Medical and sanitary report on the native army of Bombay for the year
Year: 1878
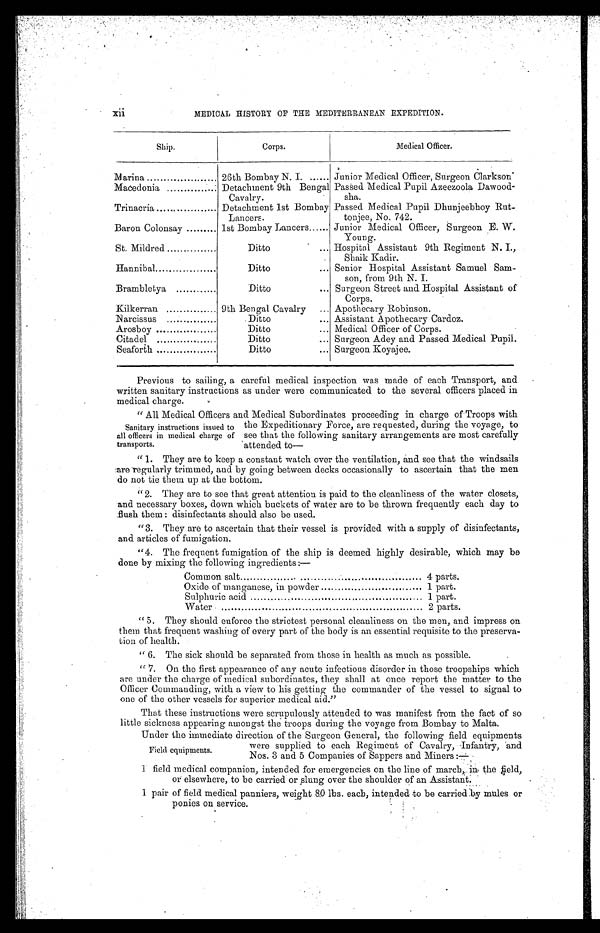
xii
MEDICAL HISTORY OF THE MEDITERRANEAN EXPEDITION.
Ship.
Corps.
Medical Officer.
.
Marina
26th Bombay N. I. ...... Junior Medical Officer, Surgeon Clarkson'
Macedonia
Detachment 9th Bengal
Cavalry.
Passed Medical Pupil Azeezoola Dawood-
sha.
Trinacria
Detachment 1st Bombay
Lancers.
Passed Medical Pupil Dhunjeebhoy Rut-
tonjee, No. 742.
Baron Colonsay
1st Bombay Lancers.... Junior Medical Officer, Surgeon E. W.
Young.
St. Mildred
Ditto
... Hospital Assistant 9th Regiment N. I.;
Shaik Nadir.
Hannibal.
Ditto
... Senior Hospital Assistant Samuel Sam-
son, from 9th N. I.
Brambletya
Ditto
... Surgeon Street and Hospital Assistant of
Corps.
Kilkerran
9th Bengal Cavalry
... Apothecary Robinson.
Narcissus
Ditto
... Assistant Apothecary Cardoz.
Arosboy
Ditto
... Medical Officer of Corps.
Citadel
Ditto
... Surgeon Adey and Passed Medical Pupil.
Seaforth
Ditto
... Surgeon Koyajee.
Previous to sailing, a careful medical inspection was made of each Transport, and
written sanitary instructions as under were communicated to the several officers placed in
medical charge.
" All Medical Officers and Medical Subordinates proceeding in charge of Troops with
Sanitary instructions issued to the Expeditionary Force, are requested, during the voyage,to
all officers in medical charge of see that the following sanitary arrangements are most carefully
transports.
attended to
—
" 1. They are to keep a constant watch over the ventilation, and see that the windsails
a r e r e g u l a r l y t r i m m e d , a n d b y g o i n g b e t w e e n d e c k s o c c a s i o n a l l y t o a s c e r t a i n t h a t t h e m e n
•do not tie them up at the bottom.
"2. They are to see that great attention is paid to the cleanliness of the water closets,
a n d n e c e s s a r y b o x e s , d o w n w h i c h b u c k e t s o f w a t e r a r e t o b e t h r o w n f r e q u e n t l y e a c h d a y t o
flush them: disinfectants should also be used.
"3. They are to ascertain that their vessel is provided with a supply of disinfectants,
and articles of fumigation.
"4. The frequent fumigation of the ship is deemed highly desirable, which may be
done by mixing the following ingredients:—
•
Common salt
4 parts.
Oxide of manganese, in powder
1 part.
Sulphuric acid
1 part.
Water
2 parts.
" 5.
They should enforce the strictest personal cleanliness on the men, and impress on
them that frequent washing of every part of the body is an essential requisite to the preserva-
tion of health.
" 6. The sick should be separated from those in health as much as possible.
" 7.
On the first appearance of any acute infectious disorder in those troopships which
are under the charge of medical subordinates, they shall at once report the matter to the
Officer Commanding, with a view to his getting the commander of the vessel to signal to
one of the other vessels for superior medical aid."
That these instructions were scrupulously attended to was manifest from the fact of so
little sickness appearing amongst the troops during the voyage from Bombay to Malta.
Under the immediate direction of the Surgeon General, the following field equipments
were supplied to each Regiment of Cavalry, Infantry, 'and
Field equipments.
Nos. 3 and 5 Companies of Sappers and Miners :—
1 field medical companion, intended for emergencies on the line of march, in the field,
or elsewhere, to be carried or slung over the shoulder of an Assistant.
1 pair of field medical panthers, weight 80 lbs. each, intended. to be carried .by mulesor
ponies on service.
•